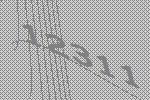
12311